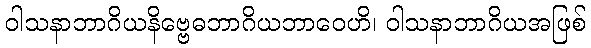
ဝါသနာဘာဂိယနိဗ္ဗေဓဘာဂိယဘာဝေဟိ၊ ဝါသနာဘာဂိယအဖြစ်